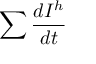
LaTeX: \sum { \frac { d I ^ { h } } { d t } }